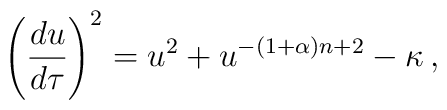
\left({du\over d\tau}\right)^2 = u^2+ u^{-(1+\alpha)n+2}-\kappa \,,